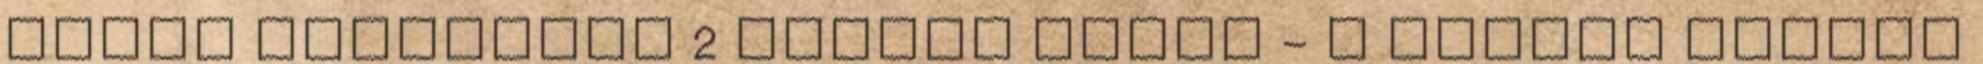
ÁMBÁR SZERETTEM 2 Amanda Quick - A gonosz özvegy